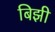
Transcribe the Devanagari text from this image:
बिझी